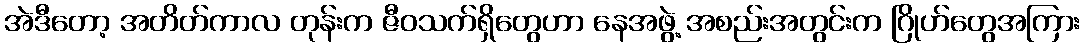
အဲဒီတော့ အတိတ်ကာလ တုန်းက ဇီဝသက်ရှိတွေဟာ နေအဖွဲ့ အစည်းအတွင်းက ဂြိုဟ်တွေအကြား